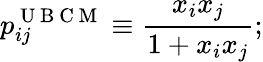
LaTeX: p_{ij}^{\mathrm{~U~B~C~M~}}\equiv\frac{x_{i}x_{j}}{1+x_{i}x_{j}};